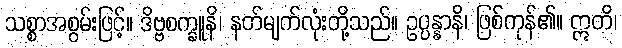
သစ္စာအစွမ်းဖြင့်။ ဒိဗ္ဗစက္ခူနိ၊ နတ်မျက်လုံးတို့သည်။ ဥပ္ပန္နာနိ၊ ဖြစ်ကုန်၏။ ဣတိ၊